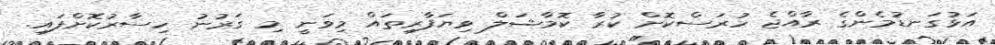
އަޅުގަނޑުމެންގެ ރާއްޖެ ހުރަސްކޮށް ކުރާ ކޮމާޝަލް ވިޔަފާރިތައް މިވަނީ މި ގަރުނު ހިސާރުކޮށްފައި.